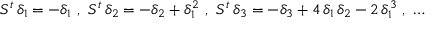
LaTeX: S ^ { t } \, \delta _ { 1 } = - \delta _ { 1 } \ , \ S ^ { t } \, \delta _ { 2 } = - \delta _ { 2 } + \delta _ { 1 } ^ { 2 } \ , \ S ^ { t } \, \delta _ { 3 } = - \delta _ { 3 } + 4 \, \delta _ { 1 } \, \delta _ { 2 } - 2 \, \delta _ { 1 } ^ { 3 } \ , \ \ldots